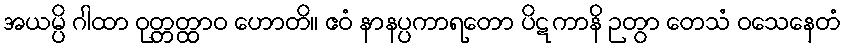
အယမ္ပိ ဂါထာ ဝုတ္တတ္ထာဝ ဟောတိ။ ဧဝံ နာနပ္ပကာရတော ပိဋကာနိ ဉတွာ တေသံ ဝသေနေတံ